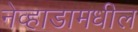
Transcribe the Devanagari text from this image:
नेव्हाडामधील